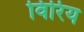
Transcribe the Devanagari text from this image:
विरिय